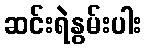
ဆင်းရဲနွမ်းပါး